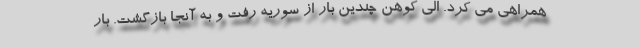
همراهی می کرد. الی کوهن چندین بار از سوریه رفت و به آنجا بازگشت. بار